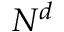
N ^ { d }